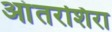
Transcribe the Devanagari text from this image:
आंतरशिरा